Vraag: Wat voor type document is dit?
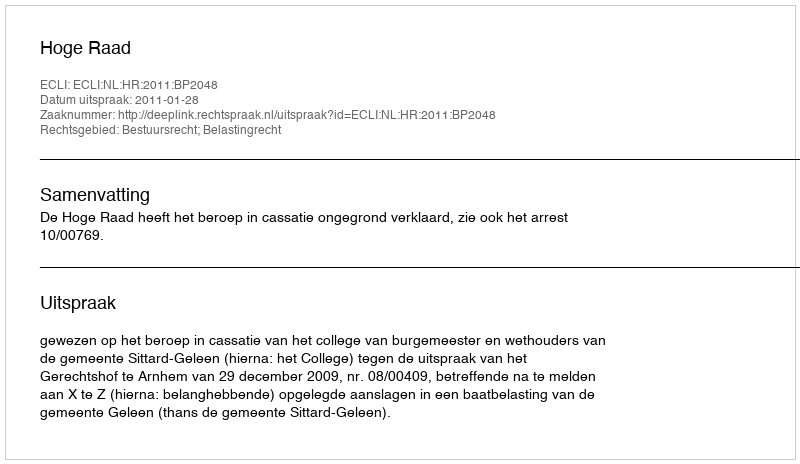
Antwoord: Uitspraak